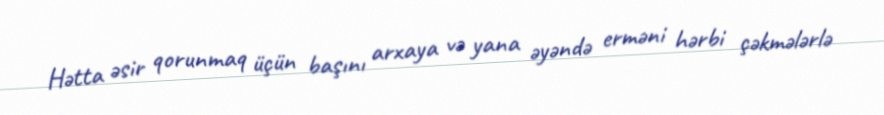
Hətta əsir qorunmaq üçün başını arxaya və yana əyəndə erməni hərbi çəkmələrlə